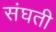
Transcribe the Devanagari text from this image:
संघती